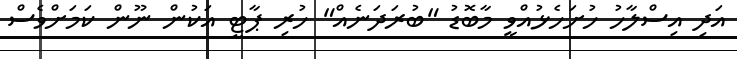
އަދި އިސްލާހު ހުށަހެޅުއްވީ މާބޮޑު "ބުރަދަނެއް" ހުރި ޕާޓީ އަކުން ނޫން ކަމަށްވެސް